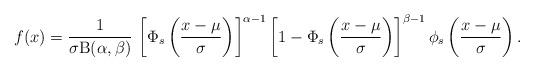
LaTeX: \begin{align*}f(x)=\frac{1}{\sigma\mathrm{B}(\alpha,\beta)}\,\left[\Phi_s\left(\frac{x-\mu}{\sigma}\right)\right]^{\alpha-1}\left[1-\Phi_s\left(\frac{x-\mu}{\sigma}\right)\right]^{\beta-1}\phi_s\left(\frac{x-\mu}{\sigma}\right).\end{align*}